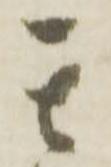
其